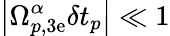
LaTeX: \left|\Omega_{p,\mathrm{3e}}^{\alpha}\delta t_{p}\right|\ll 1